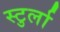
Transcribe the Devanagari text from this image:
स्टुर्ला